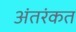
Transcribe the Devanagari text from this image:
अंतरंकत